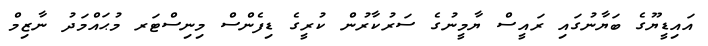
އައިޑީޔޫގެ ބަޔާނުގައި ރައީސް ޔާމީނުގެ ސަރުކާރުން ކުރީގެ ޑިފެންސް މިނިސްޓަރ މުޙައްމަދު ނާޒިމް